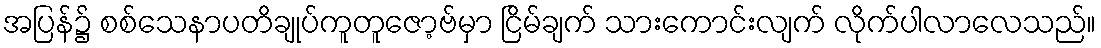
အပြန်၌ စစ်သေနာပတိချုပ်ကူတူဇော့ဗ်မှာ ငြိမ်ချက် သားကောင်းလျက် လိုက်ပါလာလေသည်။